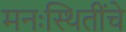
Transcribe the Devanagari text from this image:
मनःस्थितींचे